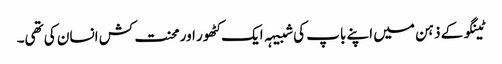
ٹینگو کے ذہن میں اپنے باپ کی شبیہہ ایک کٹھور اور محنت کش انسان کی تھی۔